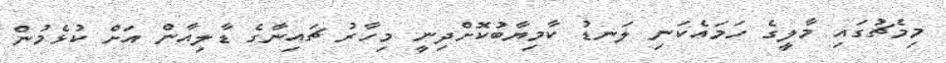
މިމެޗުގައި މާލީގެ ހަމައެކަނި ލަނޑު ކާމިޔާބުކޮށްދިނީ މިހާރު ޗައިނާގެ ޑާލިއާން އަށް ކުޅެމުން